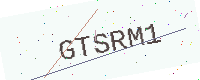
Text: GTSRM1